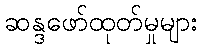
ဆန္ဒဖော်ထုတ်မှုများ